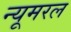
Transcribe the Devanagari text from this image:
न्यूमरल